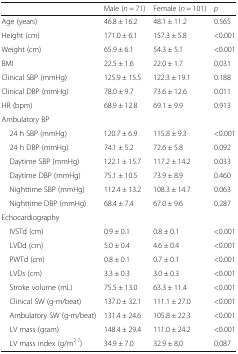
<table><thead><tr><td></td><td><b>Male (<i>n</i> = 71)</b></td><td><b>Female (<i>n</i> = 101)</b></td><td><b><i>p</i></b></td></tr></thead><tbody><tr><td>Age (years)</td><td>46.8 ± 16.2</td><td>48.1 ± 11.2</td><td>0.565</td></tr><tr><td>Height (cm)</td><td>171.0 ± 6.1</td><td>157.3 ± 5.8</td><td>&lt;0.001</td></tr><tr><td>Weight (cm)</td><td>65.9 ± 6.1</td><td>54.3 ± 5.1</td><td>&lt;0.001</td></tr><tr><td>BMI</td><td>22.5 ± 1.6</td><td>22.0 ± 1.7</td><td>0.031</td></tr><tr><td>Clinical SBP (mmHg)</td><td>125.9 ± 15.5</td><td>122.3 ± 19.1</td><td>0.188</td></tr><tr><td>Clinical DBP (mmHg)</td><td>78.0 ± 9.7</td><td>73.6 ± 12.6</td><td>0.011</td></tr><tr><td>HR (bpm)</td><td>68.9 ± 12.8</td><td>69.1 ± 9.9</td><td>0.913</td></tr><tr><td colspan="4">Ambulatory BP</td></tr><tr><td> 24 h SBP (mmHg)</td><td>120.7 ± 6.9</td><td>115.8 ± 9.3</td><td>&lt;0.001</td></tr><tr><td> 24 h DBP (mmHg)</td><td>74.1 ± 5.2</td><td>72.6 ± 5.8</td><td>0.092</td></tr><tr><td> Daytime SBP (mmHg)</td><td>122.1 ± 15.7</td><td>117.2 ± 14.2</td><td>0.033</td></tr><tr><td> Daytime DBP (mmHg)</td><td>75.1 ± 10.5</td><td>73.9 ± 8.9</td><td>0.460</td></tr><tr><td> Nighttime SBP (mmHg)</td><td>112.4 ± 13.2</td><td>108.3 ± 14.7</td><td>0.063</td></tr><tr><td> Nighttime DBP (mmHg)</td><td>68.4 ± 7.4</td><td>67.0 ± 9.6</td><td>0.287</td></tr><tr><td colspan="4">Echocardiography</td></tr><tr><td> IVSTd (cm)</td><td>0.9 ± 0.1</td><td>0.8 ± 0.1</td><td>&lt;0.001</td></tr><tr><td> LVDd (cm)</td><td>5.0 ± 0.4</td><td>4.6 ± 0.4</td><td>&lt;0.001</td></tr><tr><td> PWTd (cm)</td><td>0.8 ± 0.1</td><td>0.7 ± 0.1</td><td>&lt;0.001</td></tr><tr><td> LVDs (cm)</td><td>3.3 ± 0.3</td><td>3.0 ± 0.3</td><td>&lt;0.001</td></tr><tr><td> Stroke volume (mL)</td><td>75.5 ± 13.0</td><td>63.3 ± 11.4</td><td>&lt;0.001</td></tr><tr><td> Clinical SW (g-m/beat)</td><td>137.0 ± 32.1</td><td>111.1 ± 27.0</td><td>&lt;0.001</td></tr><tr><td> Ambulatory SW (g-m/beat)</td><td>131.4 ± 24.6</td><td>105.8 ± 22.3</td><td>&lt;0.001</td></tr><tr><td> LV mass (gram)</td><td>148.4 ± 29.4</td><td>111.0 ± 24.2</td><td>&lt;0.001</td></tr><tr><td> LV mass index (g/m<sup>2.7</sup>)</td><td>34.9 ± 7.0</td><td>32.9 ± 8.0</td><td>0.087</td></tr></tbody></table>